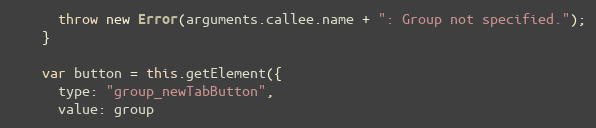
Language: JavaScript
      throw new Error(arguments.callee.name + ": Group not specified.");
    }

    var button = this.getElement({
      type: "group_newTabButton",
      value: group